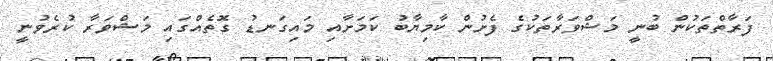
ފަރާތްތަކުން ބުނީ މަޝްވަރާތަކުގެ ފެށުން ކާމިޔާބު ކަމަށާއި މައިގަނޑު ގޮތެއްގައި މަޝްވަރާ ކުރެވުނީ